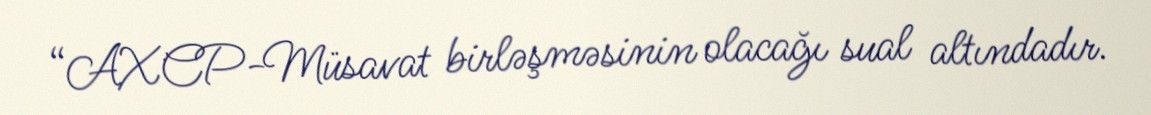
“AXCP-Müsavat birləşməsinin olacağı sual altındadır.